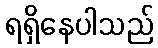
ရရှိနေပါသည်